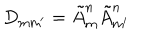
LaTeX: D _ { \mathrm { m m ^ { \prime } } } = \tilde { A } _ { \mathrm { m } } ^ { \mathrm { n } } \tilde { A } _ { \mathrm { m ^ { \prime } } } ^ { \mathrm { n } }